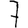
Digit: 7